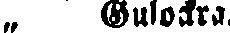
„ Gulockra.